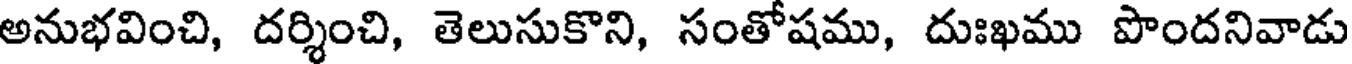
అనుభవించి, దర్శించి, తెలుసుకొని, సంతోషము, దుఃఖము పొందనివాడు